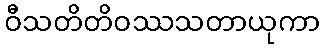
ဝီသတိတိဝဿသတာယုကာ